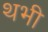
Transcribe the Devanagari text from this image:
थभी